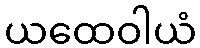
ယထေဝါယံ